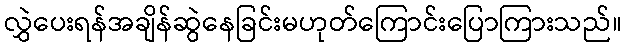
လွှဲပေးရန်အချိန်ဆွဲနေခြင်းမဟုတ်ကြောင်းပြောကြားသည်။